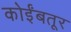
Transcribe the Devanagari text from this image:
कोईंबतूर